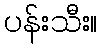
ပန်းသီး။